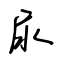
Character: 尿